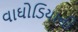
વાઘોડિયાની